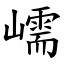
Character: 嶿